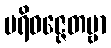
ပရိဝဇ္ဇေတဗ္ဗာ